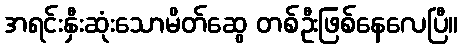
အရင်းနှီးဆုံးသောမိတ်ဆွေ တစ်ဦးဖြစ်နေလေပြီ။